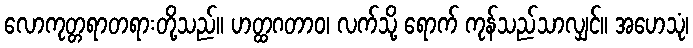
လောကုတ္တရာတရားတို့သည်။ ဟတ္ထဂတာဝ၊ လက်သို့ ရောက် ကုန်သည်သာလျှင်။ အဟေသုံ၊